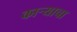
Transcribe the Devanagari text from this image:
काऱ्याचा